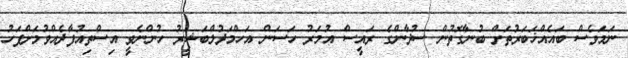
ނަމަވެސް ބައެއްޚަބަރުތަށް ބުނާގޮތުން ސުދާންގެ ރައީސް އުމަރު ހަސަން އަހްމަދުލްބަޝީރު ހުންނެވީ އިސްތިއުފާދެއްވުމަށްފަހު